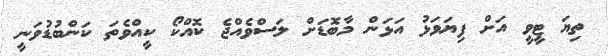
ތިޔަ ޓީވީ އަށް ފިޔަވަޅު އަޅަން މާބޮޑަށް ލަސްވެއްޖެ ކޮއްކޯ ކީއްވެތަ ކަންބުޑުވަނީ